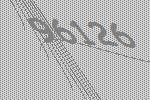
96126